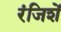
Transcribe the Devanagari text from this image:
रंजिशें